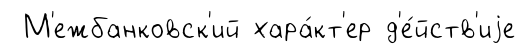
М'ежбанковск'ий хара́кт'ер д'е́йств'иjе